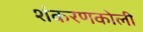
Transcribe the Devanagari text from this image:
शंकरणकोली